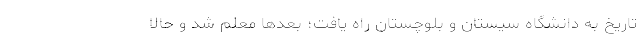
تاریخ به دانشگاه سیستان و بلوچستان راه یافت؛ بعدها معلم شد و حالا